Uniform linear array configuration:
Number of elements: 32
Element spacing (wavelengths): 0.75
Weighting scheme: blackman
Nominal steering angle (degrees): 45
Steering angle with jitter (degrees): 44.35
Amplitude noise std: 0.05
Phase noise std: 0.05

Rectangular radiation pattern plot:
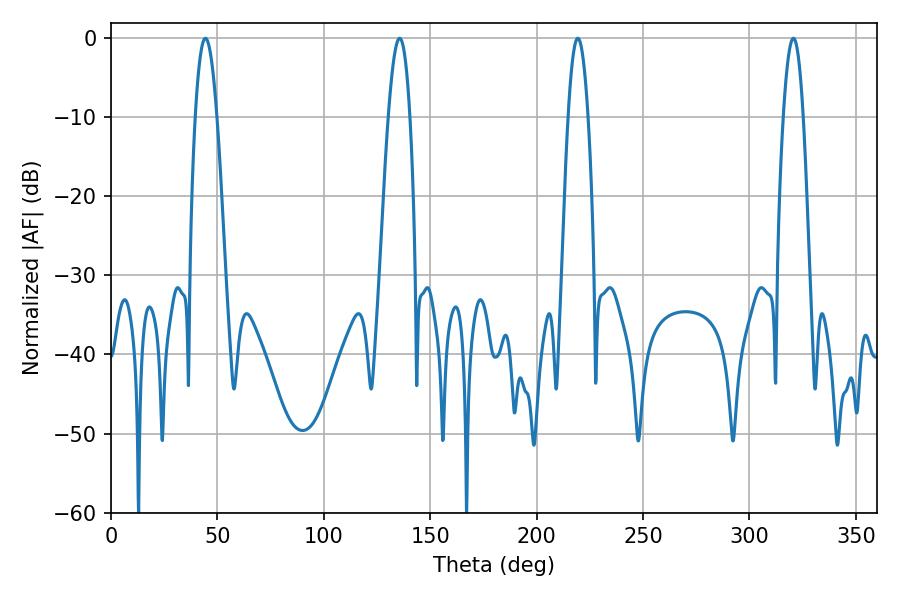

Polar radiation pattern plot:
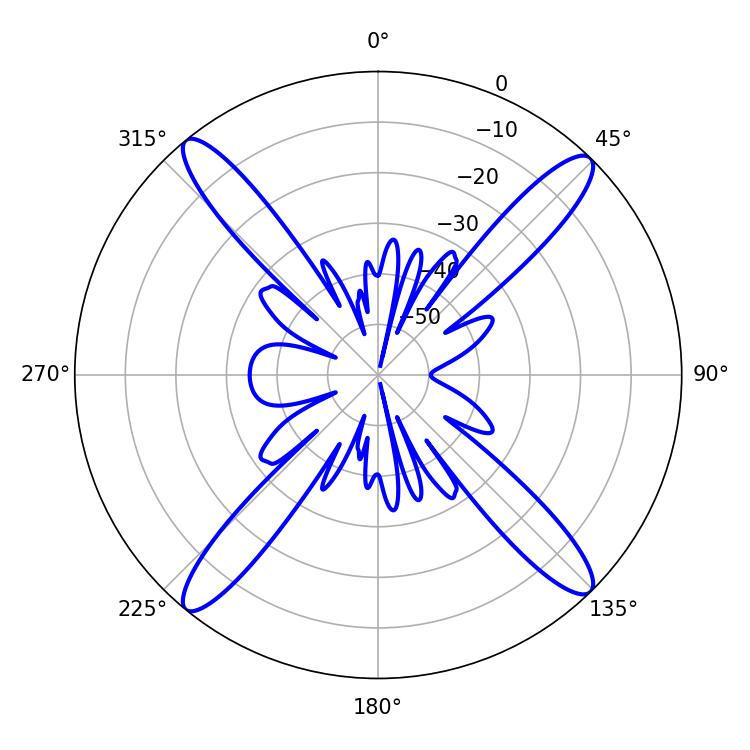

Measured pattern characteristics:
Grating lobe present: TRUE
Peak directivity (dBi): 19.152
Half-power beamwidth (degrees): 5.04
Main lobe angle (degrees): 219.42